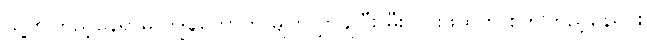
သူ့ကိုကြည့်နေရာမှ ကျွန်တော်က မျက်လွှာချပြီး မီးလင်းဖိုထဲကို စိုက်ကြည့်နေရင်း